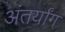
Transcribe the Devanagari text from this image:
अंतर्यांग